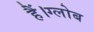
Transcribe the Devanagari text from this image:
हैं।ग्लोब